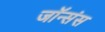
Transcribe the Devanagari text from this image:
जॉन्संस